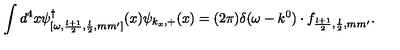
\int d ^ { 4 } x \psi _ { [ \omega , \frac { l + 1 } { 2 } , \frac { l } { 2 } , m m ^ { \prime } ] } ^ { \dagger } ( x ) \psi _ { k _ { x } , + } ( x ) = ( 2 \pi ) \delta ( \omega - k ^ { 0 } ) \cdot f _ { \frac { l + 1 } { 2 } , \frac { l } { 2 } , m m ^ { \prime } } .